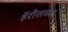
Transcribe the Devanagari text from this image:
हॅरीसच्या